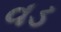
વડ